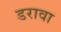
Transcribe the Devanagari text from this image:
डरावा